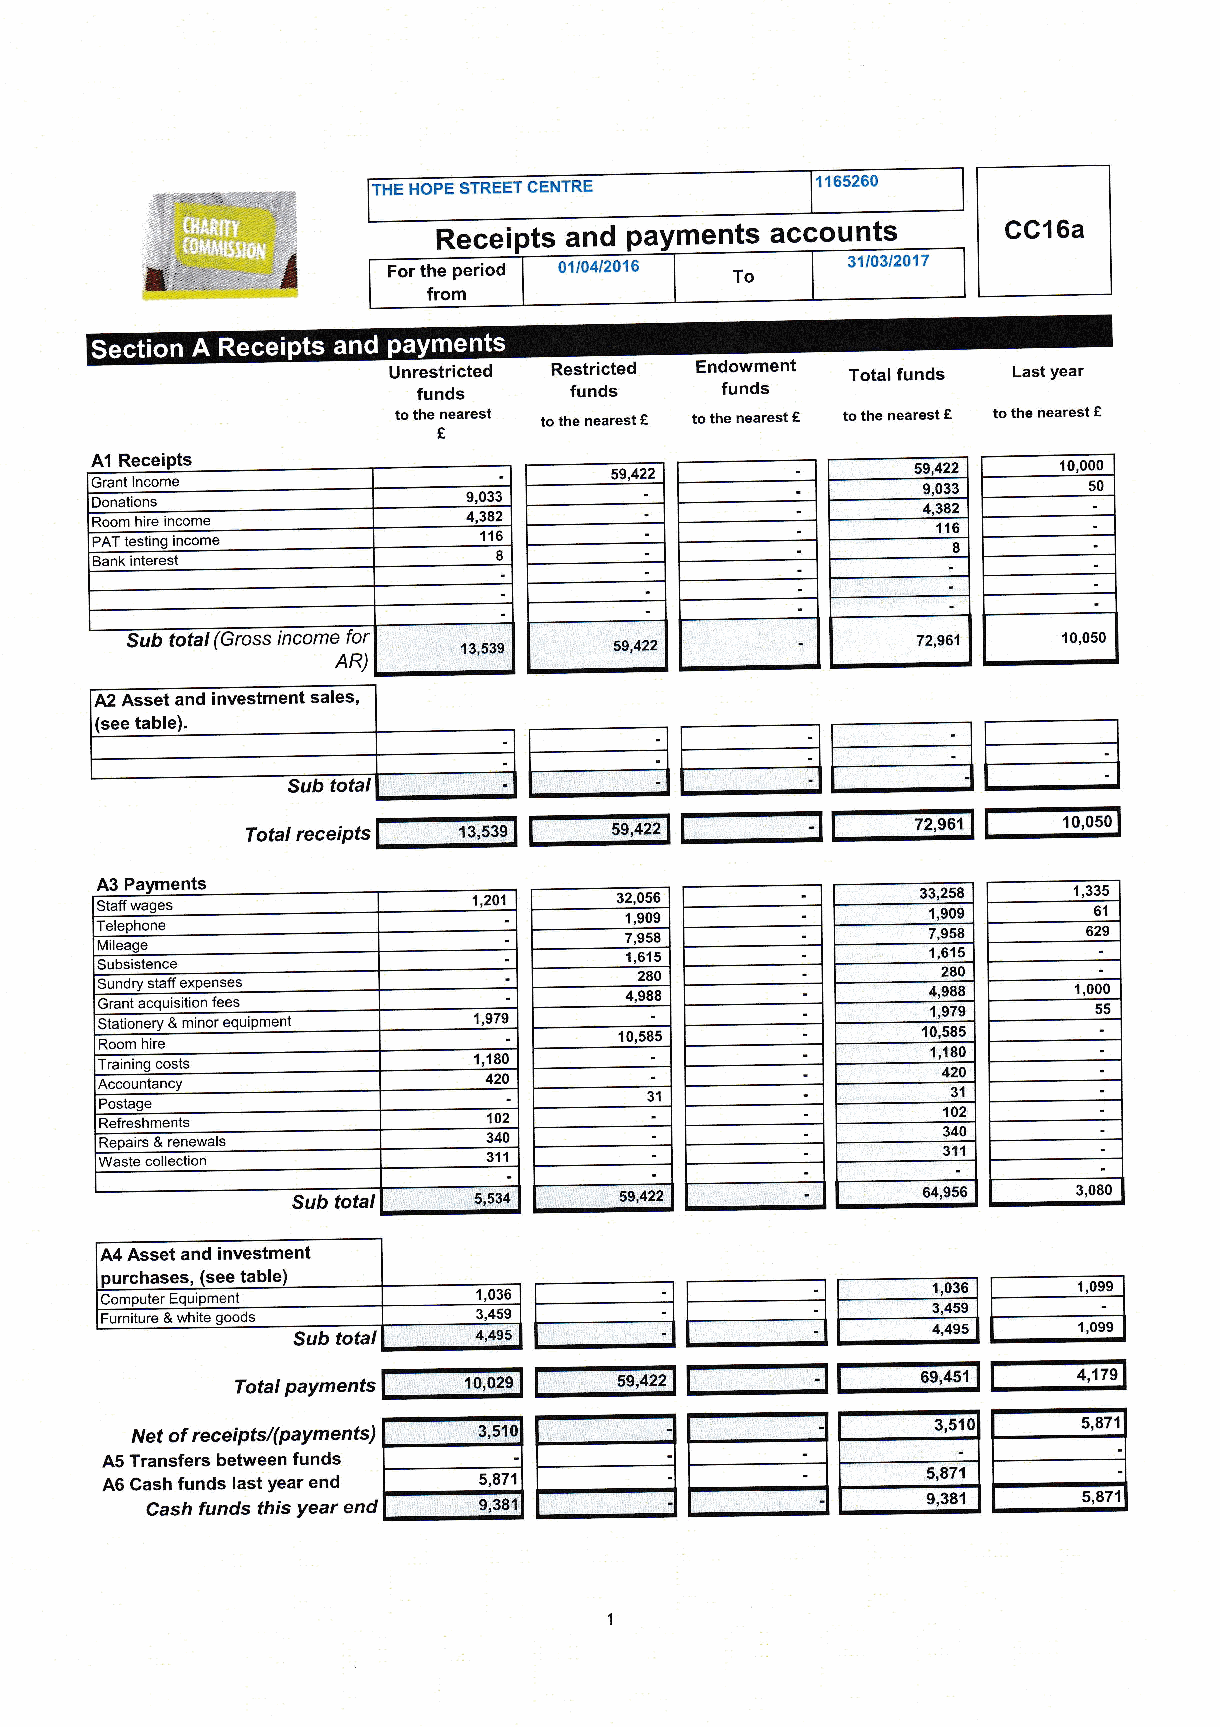
n$                 Receipts and PaYmen nt ts s aaccounts
 For the period 0110412016 To  3110312017
 from
 Unrestricted Restricted Endowment Total funds Last year
 funds     funds     funds
 to the nearest to the nearest € to the nearest e to the nearest f to the nearest €
 €
 A1 Rece
 59,422              59,422   10,000
 Grant lncome                                           9,033      50
 9,033
 Donations                                              4,382
 Room hire income         4,382                          116
 PAT testing income        116
 I                             8
 Bank interest
 total                                             72,961   10,0s0
 1 3,539   59,422
 AR)
 A2 Asset and investment sales,
 re1       l-1       re1
 rel                                     l-?6,-,0tr1
 p"
 rotat recei
 A3
 Staff wages             1,201     32 1, ,0 95 06 9    33 1, ,2 95 08 9 1,33 65 1
 Teleohone                          7,958                7,958     629
 \4ileage
 Subsistence                        1 ,615               1 ,615
 GSu ran nd tr y
 a
 cs qta uff
 is
 e itix op ne n fes ee ss     4,92 88 80           4 1, ,2 9 98 780 98 1,00 50
 5
 Stationery & minor equiPment 1,979
 Room hire                         1 0,585             1 0,s85
 1,180
 Traininq costs          1,1 80
 420
 Accountancy              420
 Postage                             31                  31
 102
 Refreshments             102
 Repairs & renewals       340                           340
 y'Vaste collection       311                           311
 Sub total  s,534     s9,422              64,956    3,080
 A4 Asset and investment     r-lr---='---TE:l:
 purchases, (see table)
 rter EouiDment        1,036
 =urniture & white goods  3,459 I-----.----I t-_-__-_--l l---_ ALq;1 r-. 1.0,, l
 Sub total   4,495
 rul-]              l-6676il   l--^'l-iq
 f-10,6r61
 Total PaYments
 Net of receiPts/(PaYments)
 A5 Transfers between funds
 46 Cash funds last Year end
 Cash funds this Year end